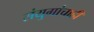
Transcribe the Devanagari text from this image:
संयुगांचाही